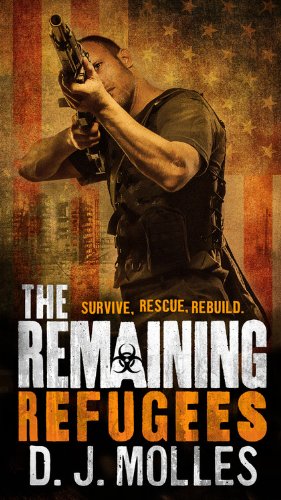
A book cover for Refugees (The Remaining); D.J. Molles; Mystery, Thriller & Suspense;